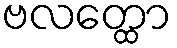
ဗလတ္ထော